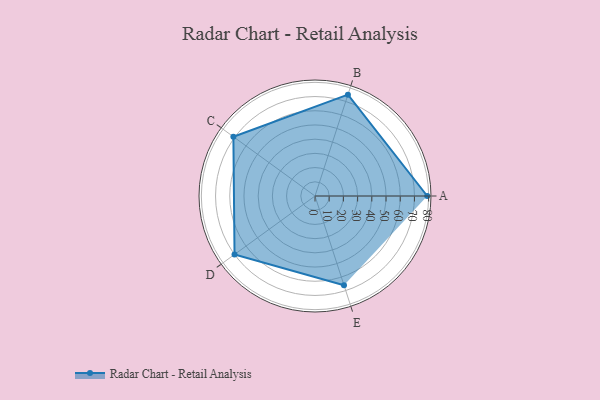
{"axis": {"x": "Skill", "y": "Score"}, "legend": ["Profile"], "data": [{"x": "A", "y": 79.0, "type": "Profile"}, {"x": "B", "y": 75.0, "type": "Profile"}, {"x": "C", "y": 71.0, "type": "Profile"}, {"x": "D", "y": 70.0, "type": "Profile"}, {"x": "E", "y": 66.0, "type": "Profile"}]}